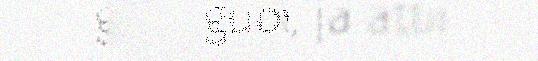
guovlluin, ja attii